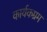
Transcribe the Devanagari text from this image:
कार्यकम्रम